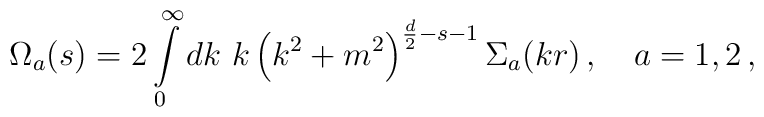
\Omega_a(s)=2\int\limits_0^\infty dk\,\,k\left(k^2+m^2\right)^  {\frac d2-s-1}{\Sigma}_a(kr)\,,\quad a=1,2\,,